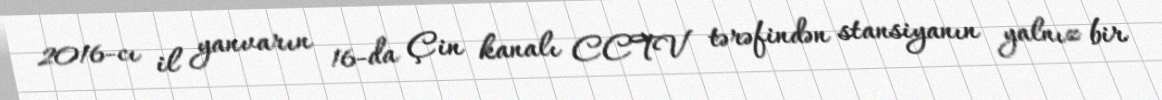
2016-cı il yanvarın 16-da Çin kanalı CCTV tərəfindən stansiyanın yalnız bir